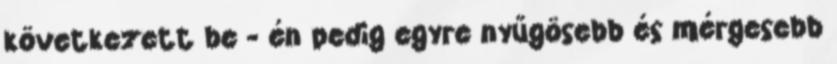
következett be - én pedig egyre nyűgösebb és mérgesebb